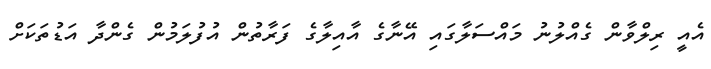
އެއީ ރިލްވާން ގެއްލުނު މައްސަލާގައި އޭނާގެ އާއިލާގެ ފަރާތުން އުފުލަމުން ގެންދާ އަޑުތަކަށް